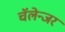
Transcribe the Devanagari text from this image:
चॅलेन्जर